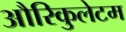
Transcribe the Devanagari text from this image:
औरिकुलेटम